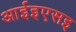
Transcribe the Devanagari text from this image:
आईइएसइ